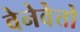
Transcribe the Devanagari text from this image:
वेनेवेत्तो